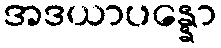
အဒယာပန္နော